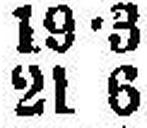
21 6